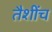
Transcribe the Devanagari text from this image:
तैशींच